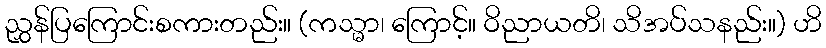
ညွှန်ပြကြောင်းစကားတည်း။ (ကသ္မာ၊ ကြောင့်။ ဝိညာယတိ၊ သိအပ်သနည်း။) ဟိ